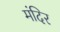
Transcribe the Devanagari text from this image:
मंदिर